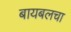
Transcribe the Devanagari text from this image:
बायबलचा